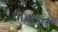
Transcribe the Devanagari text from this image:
पाइराइट्स